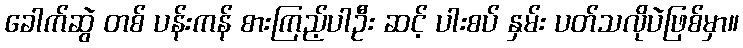
ခေါက်ဆွဲ တစ် ပန်းကန် စားကြည့်ပါဦး ဆင့် ပါးစပ် နှမ်း ပတ်သလိုပဲဖြစ်မှာ။